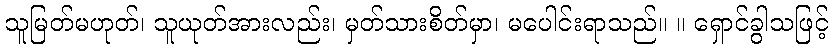
သူမြတ်မဟုတ်၊ သူယုတ်အားလည်း၊ မှတ်သားစိတ်မှာ၊ မပေါင်းရာသည်။ ။ ရှောင်ခွါသဖြင့်